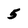
Character: 5